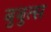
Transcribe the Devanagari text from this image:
बुबुत्स